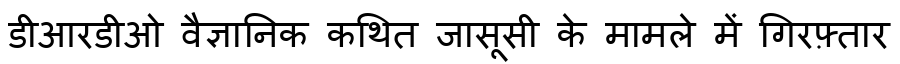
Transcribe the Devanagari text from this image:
डीआरडीओ वैज्ञानिक कथित जासूसी के मामले में गिरफ़्तार